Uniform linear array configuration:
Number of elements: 16
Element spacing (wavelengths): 0.25
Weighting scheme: hann
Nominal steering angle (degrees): -60
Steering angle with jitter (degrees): -60.339
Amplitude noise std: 0.05
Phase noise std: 0.05

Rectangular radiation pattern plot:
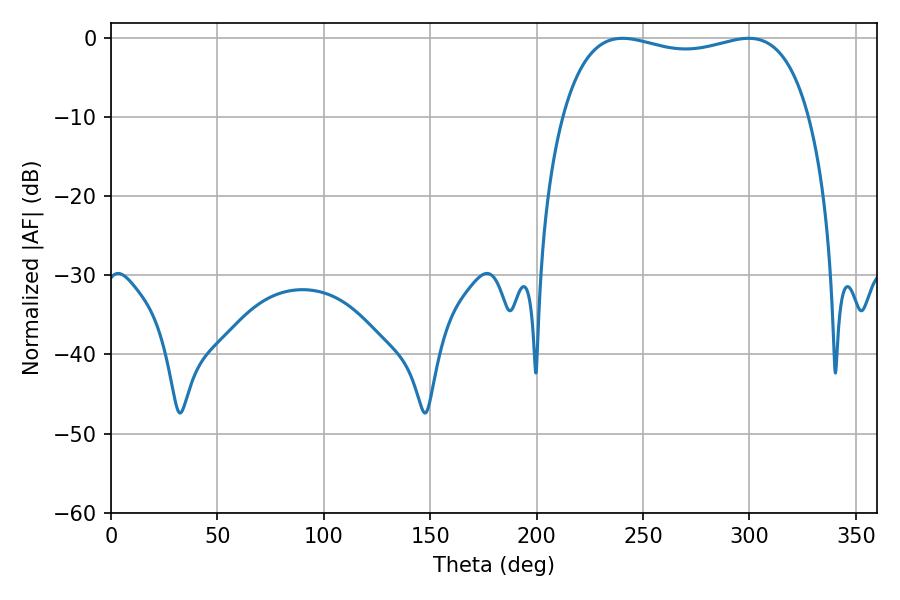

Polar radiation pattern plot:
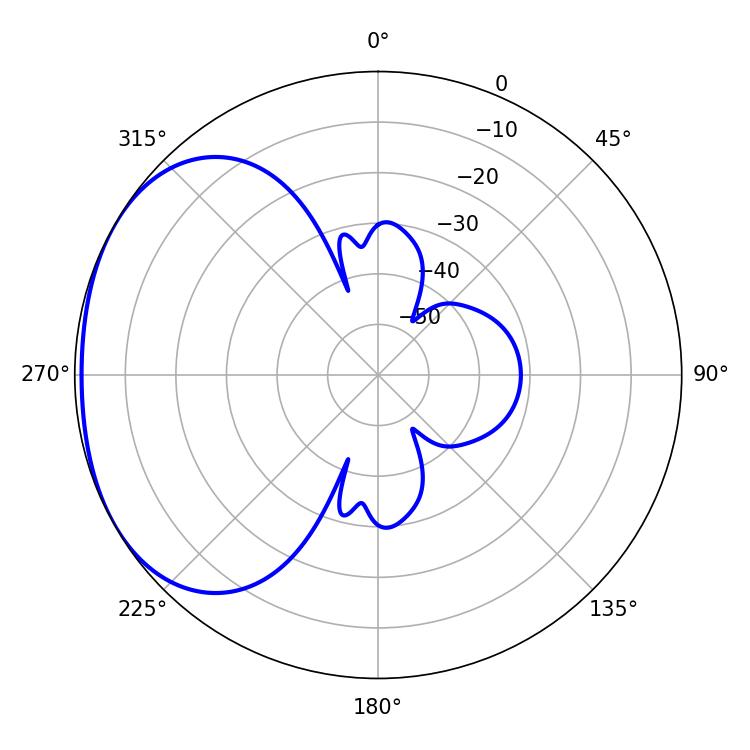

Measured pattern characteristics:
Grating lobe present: FALSE
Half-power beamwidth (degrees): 94.68
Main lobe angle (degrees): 240.3